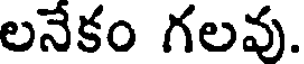
లనేకం గలవు.